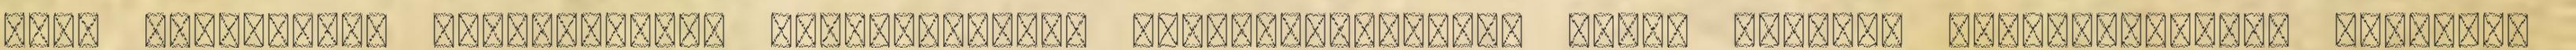
sült lazacfilé, dekonstruált Budapest-ragu libamájas-gombás crème brulée, zöldborsópüré, marinált